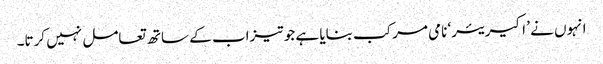
انہوں نے ’ اکیریئر‘ نامی مرکب بنایا ہے جو تیزاب کے ساتھ تعامل نہیں کرتا۔